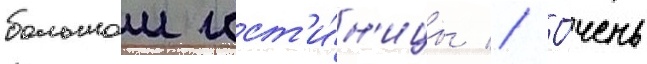
большои гост'и́н'ицы // О́чень